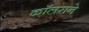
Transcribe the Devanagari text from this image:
कॉलराने